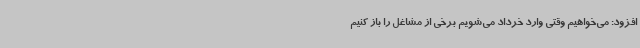
افزود: می‌خواهیم وقتی وارد خرداد می‌شویم برخی از مشاغل را باز کنیم